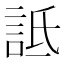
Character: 詆